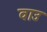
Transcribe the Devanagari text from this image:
वाउ